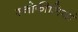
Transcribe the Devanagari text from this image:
स्नोफीलियां